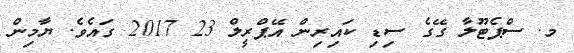
މ. ސްޕެޓޫލާ ގޭގެ ސިޑި ކައިރިން އޭޕްރީލް 23 2017 ގައެވެ. ޔާމިން